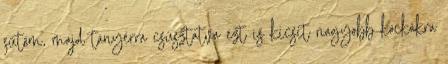
sütöm, majd tányérra csúsztatva ezt is kicsit nagyobb kockákra